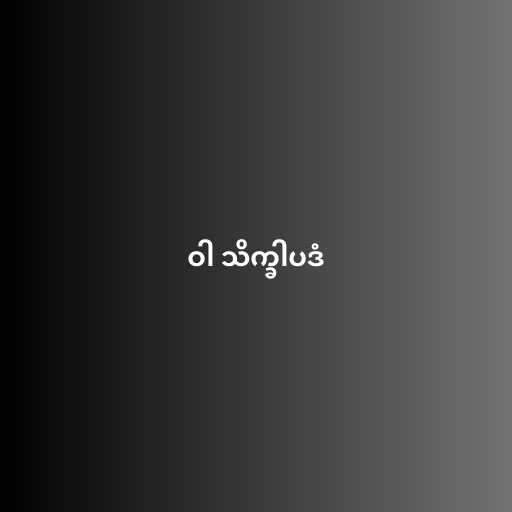
ဝါ သိက္ခါပဒံ